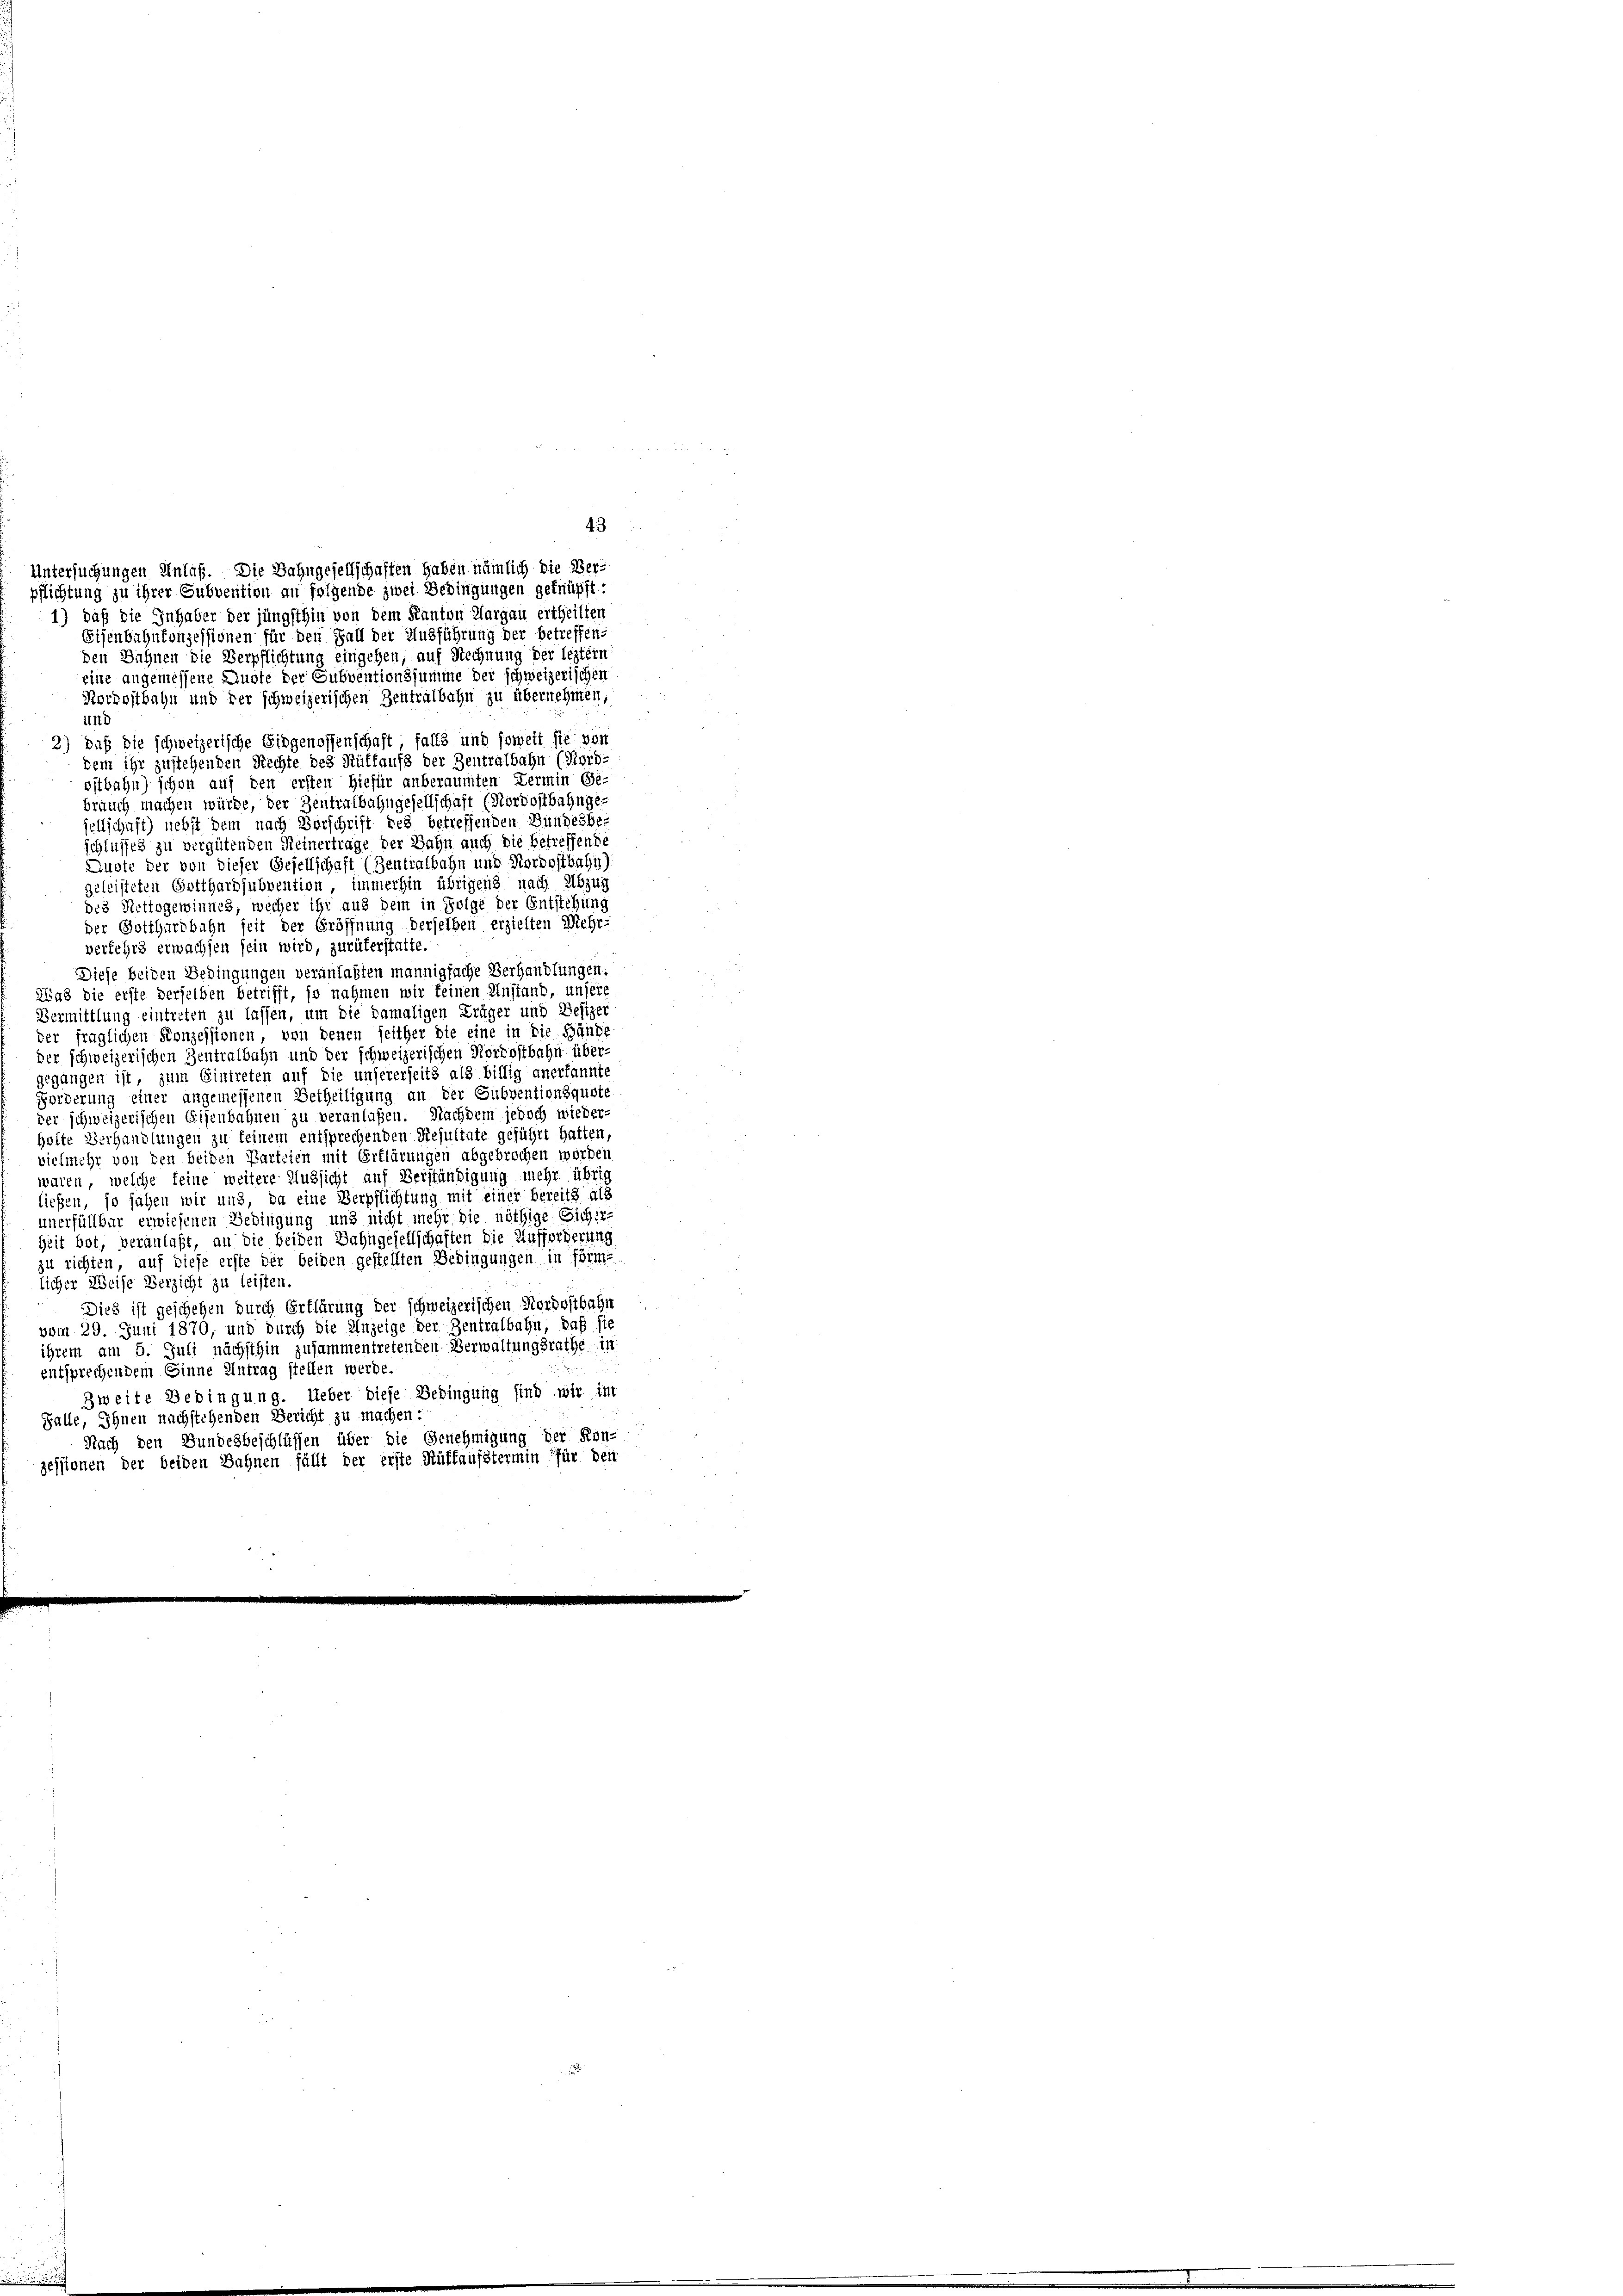
Untersuchungen Anlaß. Die Bahngesellschaffen haben nämlich die Verpflichtung zu ihrer Subvention an folgende zwei Bedingungen geknüpft:
1) daß die Inhaber der jüngsthin von dem Kanton Margau ertheilten
Eisenbahnkonzessionen für den Fall der Ausführung der betreffen-
den Bühnen die Verpflichtung eingehen, auf Rechnung der leztern
eine angemessene Auste der Subventionssumme der schweizerischen
Kordostbahn und der schweizerischen Zentralbahn zu übernehmen,
ini
2) daß die schweizerische Eidgenossenschaft, falls und soweit sie von
dem ihr zustehenden Rechte des Rüffaufs der Zentralbahn (Kord-
ostbahn) schon auf den ersten hiefür anberaumten Termin Ge-
brauch machen würde, der Zentralbahngesellschaft (Nordostbahngejellschaft) nebst dem nach Vorschrift des betreffenden Bundesbe-
schlusses zu vergütenden Keinertrage der Bahn auch die betreffende
Auste der von dieser Gesellschaft (Zentralbahn und Nordostbahn,
Geleisteten Gotthardsubvention, immerhin übrigens nach Abzug
des Nettogewinnes, wecher ihr aus dem in Folge der Entstehung
der Gotthardbahn seit der Eröffnung derselben erzielten Mehr-
verfehrs erwachsen sein wird, zurükerstatte.
Diese beiden Bedingungen veranlaßten mannigfache Verhandlungen.
Aad die erste derselben betrifft, so nahmen wir feinen Anstand, unsere
Vermittlung eintreten zu lassen, um die damaligen Kräger und Besizer
ker fraglichen Konzessionen, von denen seither die eine in die Hände
der schweizerischen Zentralbahn und der schweizerischen Nordostbahn über-
gegangen ist, zum Eintreten auf die unsererseits als billig anerkannte
Forderung einer angemessenen Betheiligung an der Subventionsquote
der schweizerischen Eisenbahnen zu veranlaßen. Nachdem jedoch wieder-
holte Verhandlungen zu feinem entsprechenden Resultate geführt hatten,
vielmehr von den beiden Parteien mit Erklärungen abgebrochen worden
waren, welche feine weitere Aussicht auf Verständigung mehr übrig
ließen, so sähen wir uns, da eine Verpflichtung mit einer bereits als
unerfüllbar erwiesenen Bedingung und nicht mehr die nöthige Sicher-
Zeit bot, veranlaßt, an die beiden Sahngesellschaften die Aufforderung
zu richten, auf diese erste der beiden gestellten Bedingungen in förm-
licher Weise Verzicht zu leisten.
Dies ist geschehen durch Erklärung der schweizerischen Nordostbahn
vom 29. Juni 1870, und durch die Unzeige der Zentralbahn, daß sie
ihrem am 5. Juli nächsthin zusammentretenden Verwaltungsrathe in
entsprechendem Einne Antrag stellen werde.
Zweite Bedingung. Ueber diese Bedingung sind wir im
Falle, Ihnen nachstehenden Bericht zu machen:
Nach den Bundesbeschlüssen über die Genehmigung der Kon-
zessionen der beiden Sahnen fällt der erste Rütlaufstermin für den

43